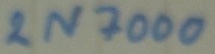
Text: 2N7000